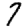
Digit: 7